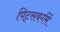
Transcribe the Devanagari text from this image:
पिट्सबर्गमें